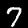
Label: 7